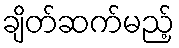
ချိတ်ဆက်မည့်